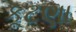
કૂટણા